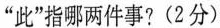
”此”指哪两件事?(2分)